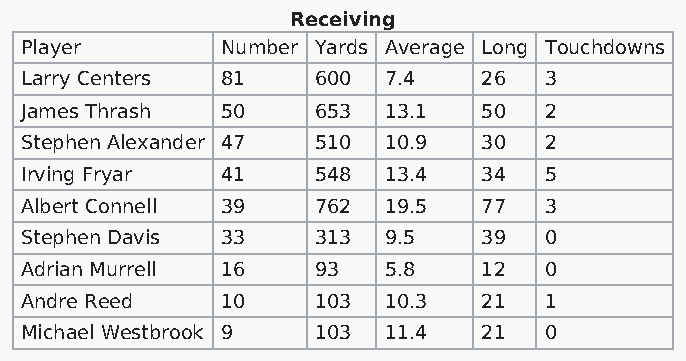
Receiving
 Player        Number Yards Average Long Touchdowns
 Larry Centers 81    600 7.4    26  3
 James Thrash  50    653 13.1   50  2
 Stephen Alexander 47 510 10.9  30  2
 Irving Fryar  41    548 13.4   34  5
 Albert Connell 39   762 19.5   77  3
 Stephen Davis 33    313 9.5    39  0
 Adrian Murrell 16   93  5.8    12  0
 Andre Reed    10    103 10.3   21  1
 Michael Westbrook 9 103 11.4   21  0